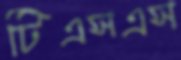
টিএসএস